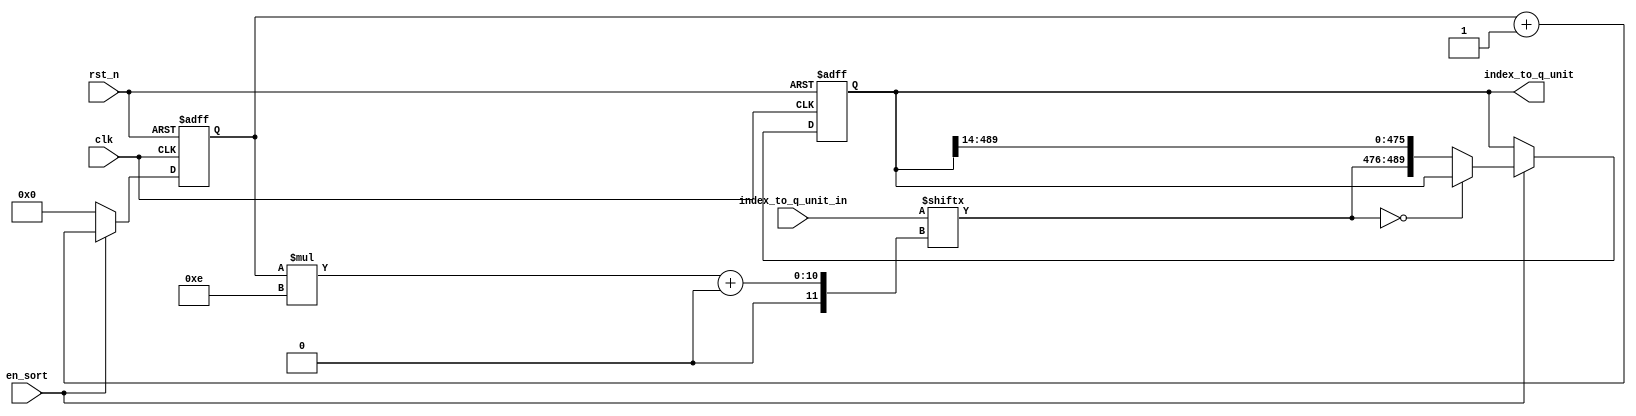
module sort_index(
			input clk,
			input rst_n,
			input en_sort,
			input[14*(32+3)-1:0] index_to_q_unit_in,
			output reg[14*(32+3)-1:0] index_to_q_unit
		);

reg[5:0] count_sort;
always@(posedge clk or negedge rst_n)
	if(!rst_n)
		count_sort<=0;
	else if(en_sort)
		count_sort<=count_sort+1'b1;
	else 
		count_sort<=0;

always@(posedge clk or negedge rst_n)
	if(!rst_n)
		index_to_q_unit<=0;
	else if(en_sort)
		begin
			if(index_to_q_unit_in[count_sort*14+:14]==0)
				index_to_q_unit<=index_to_q_unit;
			else 
				index_to_q_unit<={index_to_q_unit_in[count_sort*14+:14],index_to_q_unit[14*(32+3)-1:14]};
		end
endmodule